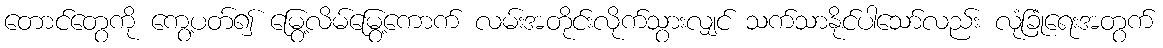
တောင်တွေကို ကွေ့ပတ်၍ မြွေ့လိမ်မြွေ့ကောက် လမ်းအတိုင်းလိုက်သွားလျှင် သက်သာနိုင်ပါသော်လည်း လုံခြုံရေးအတွက်